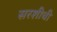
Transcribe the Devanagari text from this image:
सरशीची